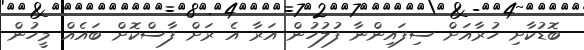
ބޮޑުކާށި ހުރާއަށް ސިފައިންނާ ފުލުހުން އަރާ އެ ރަށް ފާސްކޮށް ބައެއް މީހުން